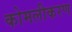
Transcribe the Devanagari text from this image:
कोमलीकरण